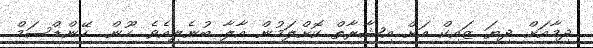
ދިމާއަށް ދިޔަ ޒައިކް އަށް އިޝާރާތް ކޮށްލަމުން އާލާ ބުނެލިއެވެ. ހޫން.. ހޭންޑްސަމް